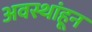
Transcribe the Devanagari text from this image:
अवस्थांहून